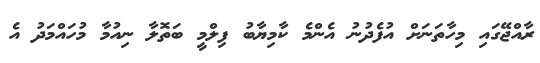
ރާއްޖޭގައި މިހާތަނަށް އުފެދުނު އެންމެ ކާމިޔާބު ފިލްމީ ބަތޮލާ ނިއުމާ މުހައްމަދު އެ